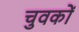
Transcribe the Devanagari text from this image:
चुवकों